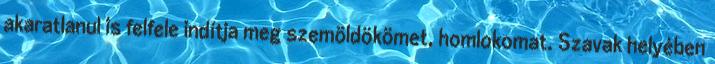
akaratlanul is felfele indítja meg szemöldökömet, homlokomat. Szavak helyében